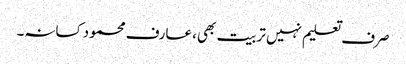
صرف تعلیم نہیں تربیت بھی، عارف محمود کسانہ۔